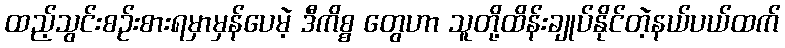
ထည့်သွင်းစဉ်းစားရမှာမှန်ပေမဲ့ ဒီကိစ္စ တွေဟာ သူတို့ထိန်းချုပ်နိုင်တဲ့နယ်ပယ်ထက်